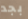
بجد